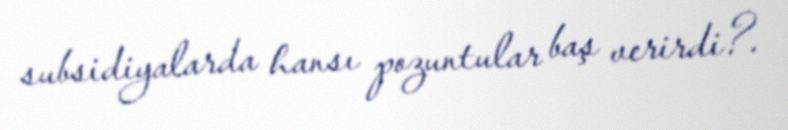
subsidiyalarda hansı pozuntular baş verirdi?.